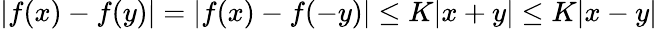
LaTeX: |f(x)-f(y)|=|f(x)-f(-y)|\leq K|x+y|\leq K|x-y|